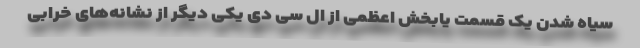
سیاه شدن یک قسمت یا‌بخش اعظمی از ال سی دی یکی دیگر از نشانه‌های خرابی